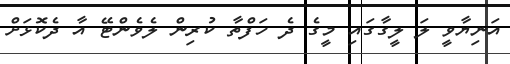
އަނިޔާވީ ލަ ލީގާގައި މީގެ ދެ ހަފްތާ ކުރިން ލެވެންޓޭ އާ ދެކޮޅަށް